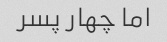
اما چهار پسر